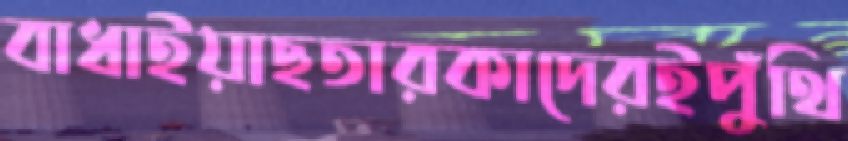
বাধাইয়াছতারকাদেরইপুঁথি